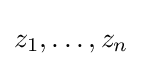
z_{1},\dotsc ,z_{n}